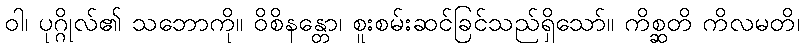
ဝါ၊ ပုဂ္ဂိုလ်၏ သဘောကို။ ဝိစိနန္တော၊ စူးစမ်းဆင်ခြင်သည်ရှိသော်။ ကိစ္ဆတိ ကိလမတိ၊